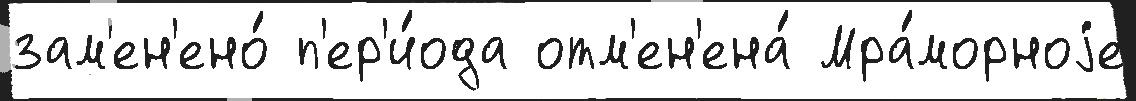
зам'ен'ено́ п'ер'и́ода отм'ен'ена́ Мра́морноjе